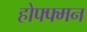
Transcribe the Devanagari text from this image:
होफ्फ्मन